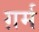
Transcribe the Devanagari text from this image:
ग़र्म